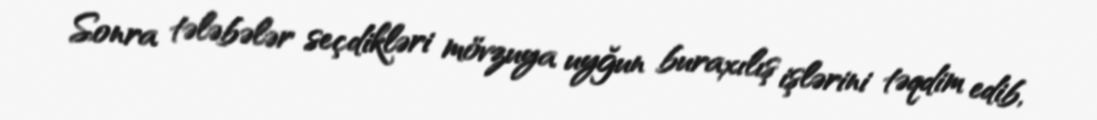
Sonra tələbələr seçdikləri mövzuya uyğun buraxılış işlərini təqdim edib,